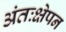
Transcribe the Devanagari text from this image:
अंतःक्षेपन